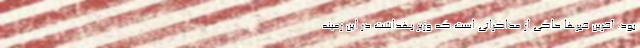
بود. آخرین خبرها حاکی از مذاکراتی است که وزیر بهداشت در این زمینه